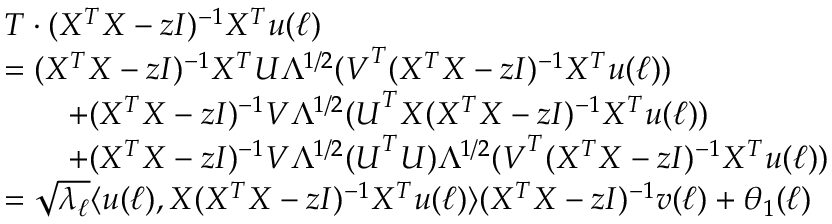
\begin{array} { r l } & { T \cdot ( X ^ { T } X - z I ) ^ { - 1 } X ^ { T } { \boldsymbol u } ( \ell ) } \\ & { = ( X ^ { T } X - z I ) ^ { - 1 } X ^ { T } { \boldsymbol U } \Lambda ^ { 1 / 2 } ( { \boldsymbol V } ^ { T } ( X ^ { T } X - z I ) ^ { - 1 } X ^ { T } { \boldsymbol u } ( \ell ) ) } \\ & { \qquad + ( X ^ { T } X - z I ) ^ { - 1 } { \boldsymbol V } \Lambda ^ { 1 / 2 } ( { \boldsymbol U } ^ { T } X ( X ^ { T } X - z I ) ^ { - 1 } X ^ { T } { \boldsymbol u } ( \ell ) ) } \\ & { \qquad + ( X ^ { T } X - z I ) ^ { - 1 } { \boldsymbol V } \Lambda ^ { 1 / 2 } ( { \boldsymbol U } ^ { T } { \boldsymbol U } ) \Lambda ^ { 1 / 2 } ( { \boldsymbol V } ^ { T } ( X ^ { T } X - z I ) ^ { - 1 } X ^ { T } { \boldsymbol u } ( \ell ) ) } \\ & { = \sqrt { \lambda _ { \ell } } \langle { \boldsymbol u } ( \ell ) , X ( X ^ { T } X - z I ) ^ { - 1 } X ^ { T } { \boldsymbol u } ( \ell ) \rangle ( X ^ { T } X - z I ) ^ { - 1 } { \boldsymbol v } ( \ell ) + { \boldsymbol \theta } _ { 1 } ( \ell ) } \end{array}